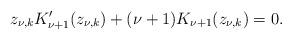
LaTeX: \begin{align*}z_{\nu,k}K_{\nu+1}'(z_{\nu,k})+(\nu+1)K_{\nu+1}(z_{\nu,k})=0.\end{align*}